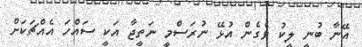
އޭނާ ބުނީ ލީކު ވެގެން އުޅޭ ނުރަސްމީ ނަތީޖާ އަކީ ސައްހަ އެއްޗަކަށް